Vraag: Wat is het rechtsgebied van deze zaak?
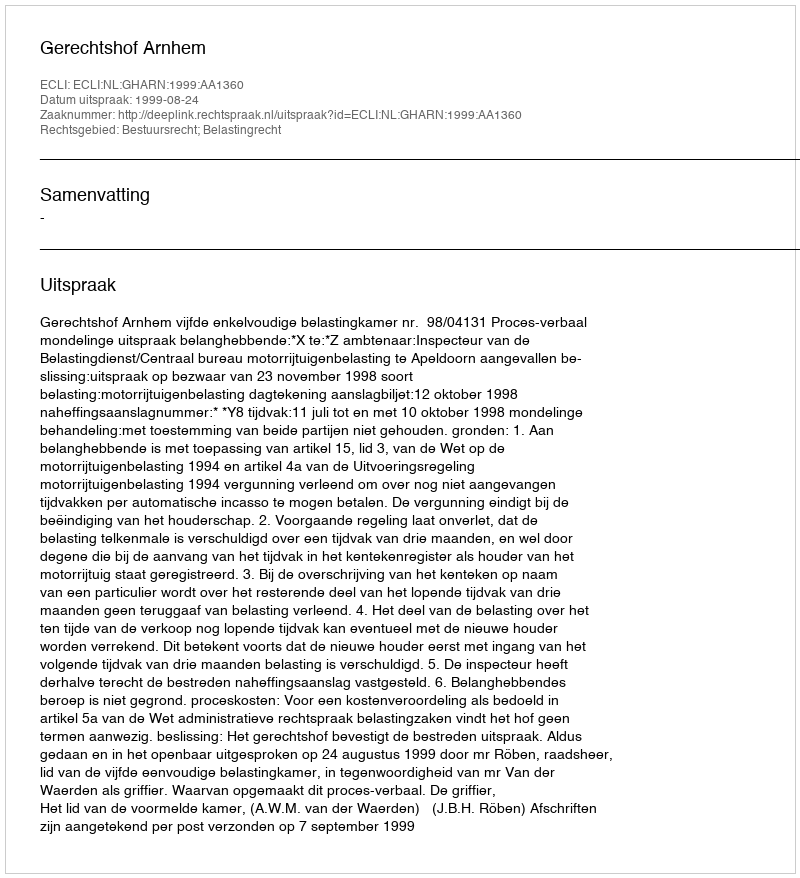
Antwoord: Bestuursrecht; Belastingrecht